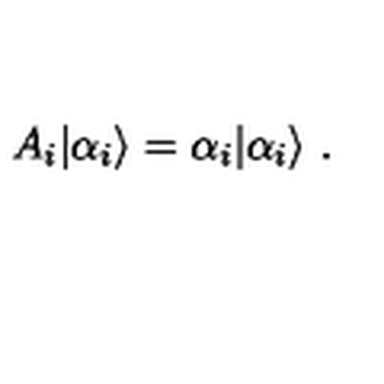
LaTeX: A _ { i } | { \alpha _ { i } } \rangle = \alpha _ { i } | { \alpha _ { i } } \rangle \ .